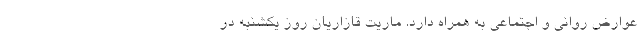
عوارض روانی و اجتماعی به همراه دارد. ماریت قازاریان روز یکشنبه در